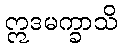
ဣဒမက္ခာသိ